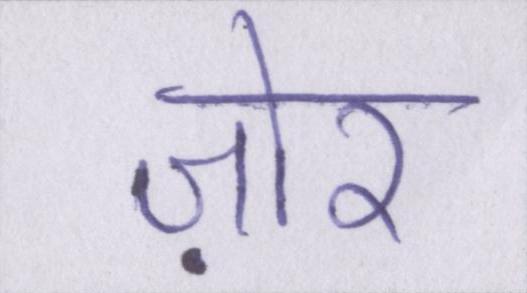
ज़ोर